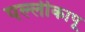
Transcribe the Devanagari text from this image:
पल्लीकापू